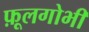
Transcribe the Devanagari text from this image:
फ़ूलगोभी